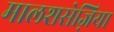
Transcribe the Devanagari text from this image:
मालशसेज़िया